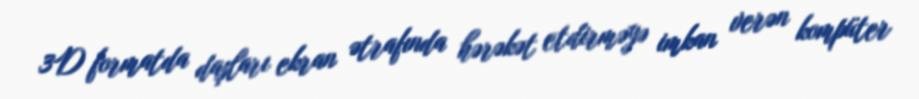
3D formatda daşları ekran ətrafında hərəkət etdirməyə imkan verən kompüter